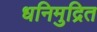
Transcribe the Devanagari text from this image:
धनिमुद्रित